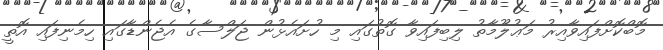
މޮބްކޮށްފައިވާއިރު މަޢުލޫމާތު ލިބިފައިވާ ގޮތުގައި މި ހުށައެޅުން ޖަލްސާގެ އެޖެންޑާގައި ހިމެނިފައި އޮތީ